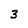
Character: 3